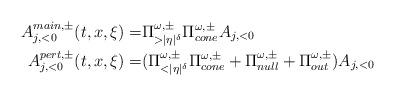
LaTeX: \begin{align*}A^{main,\pm}_{j,<0}(t,x,\xi) = & \Pi^{\omega,\pm}_{> |\eta|^\delta} \Pi^{\omega,\pm}_{cone} A_{j,<0}\\ A^{pert,\pm}_{j,<0}(t,x,\xi) = & (\Pi^{\omega,\pm}_{< |\eta|^\delta} \Pi^{\omega,\pm}_{cone}+ \Pi^{\omega,\pm}_{null} + \Pi^{\omega,\pm}_{out})A_{j,<0}\end{align*}